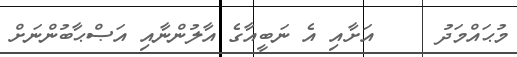
މުޙައްމަދު     އަށާއި އެ ނަބީއާގެ އާލުންނާއި އަޞްޙާބުންނަށް